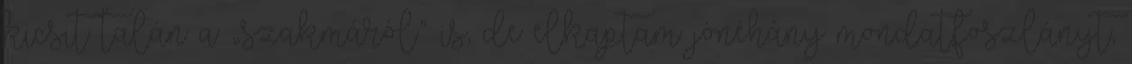
kicsit talán a „szakmáról” is, de elkaptam jónéhány mondatfoszlányt,